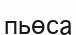
пьөса